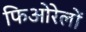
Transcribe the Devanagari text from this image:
फिओरेलों